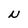
Character: N